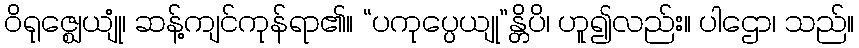
ဝိရုဇ္ဈေယျုံ၊ ဆန့်ကျင်ကုန်ရာ၏။ “ပကုပ္ပေယျု”န္တိပိ၊ ဟူ၍လည်း။ ပါဌော၊ သည်။